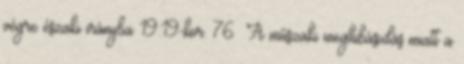
végre északi irányba 19:19-kor. 76 A műszaki meghibásodás miatt a